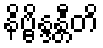
နိဗ္ဗိန္ဒန္တီတိ